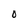
Character: O